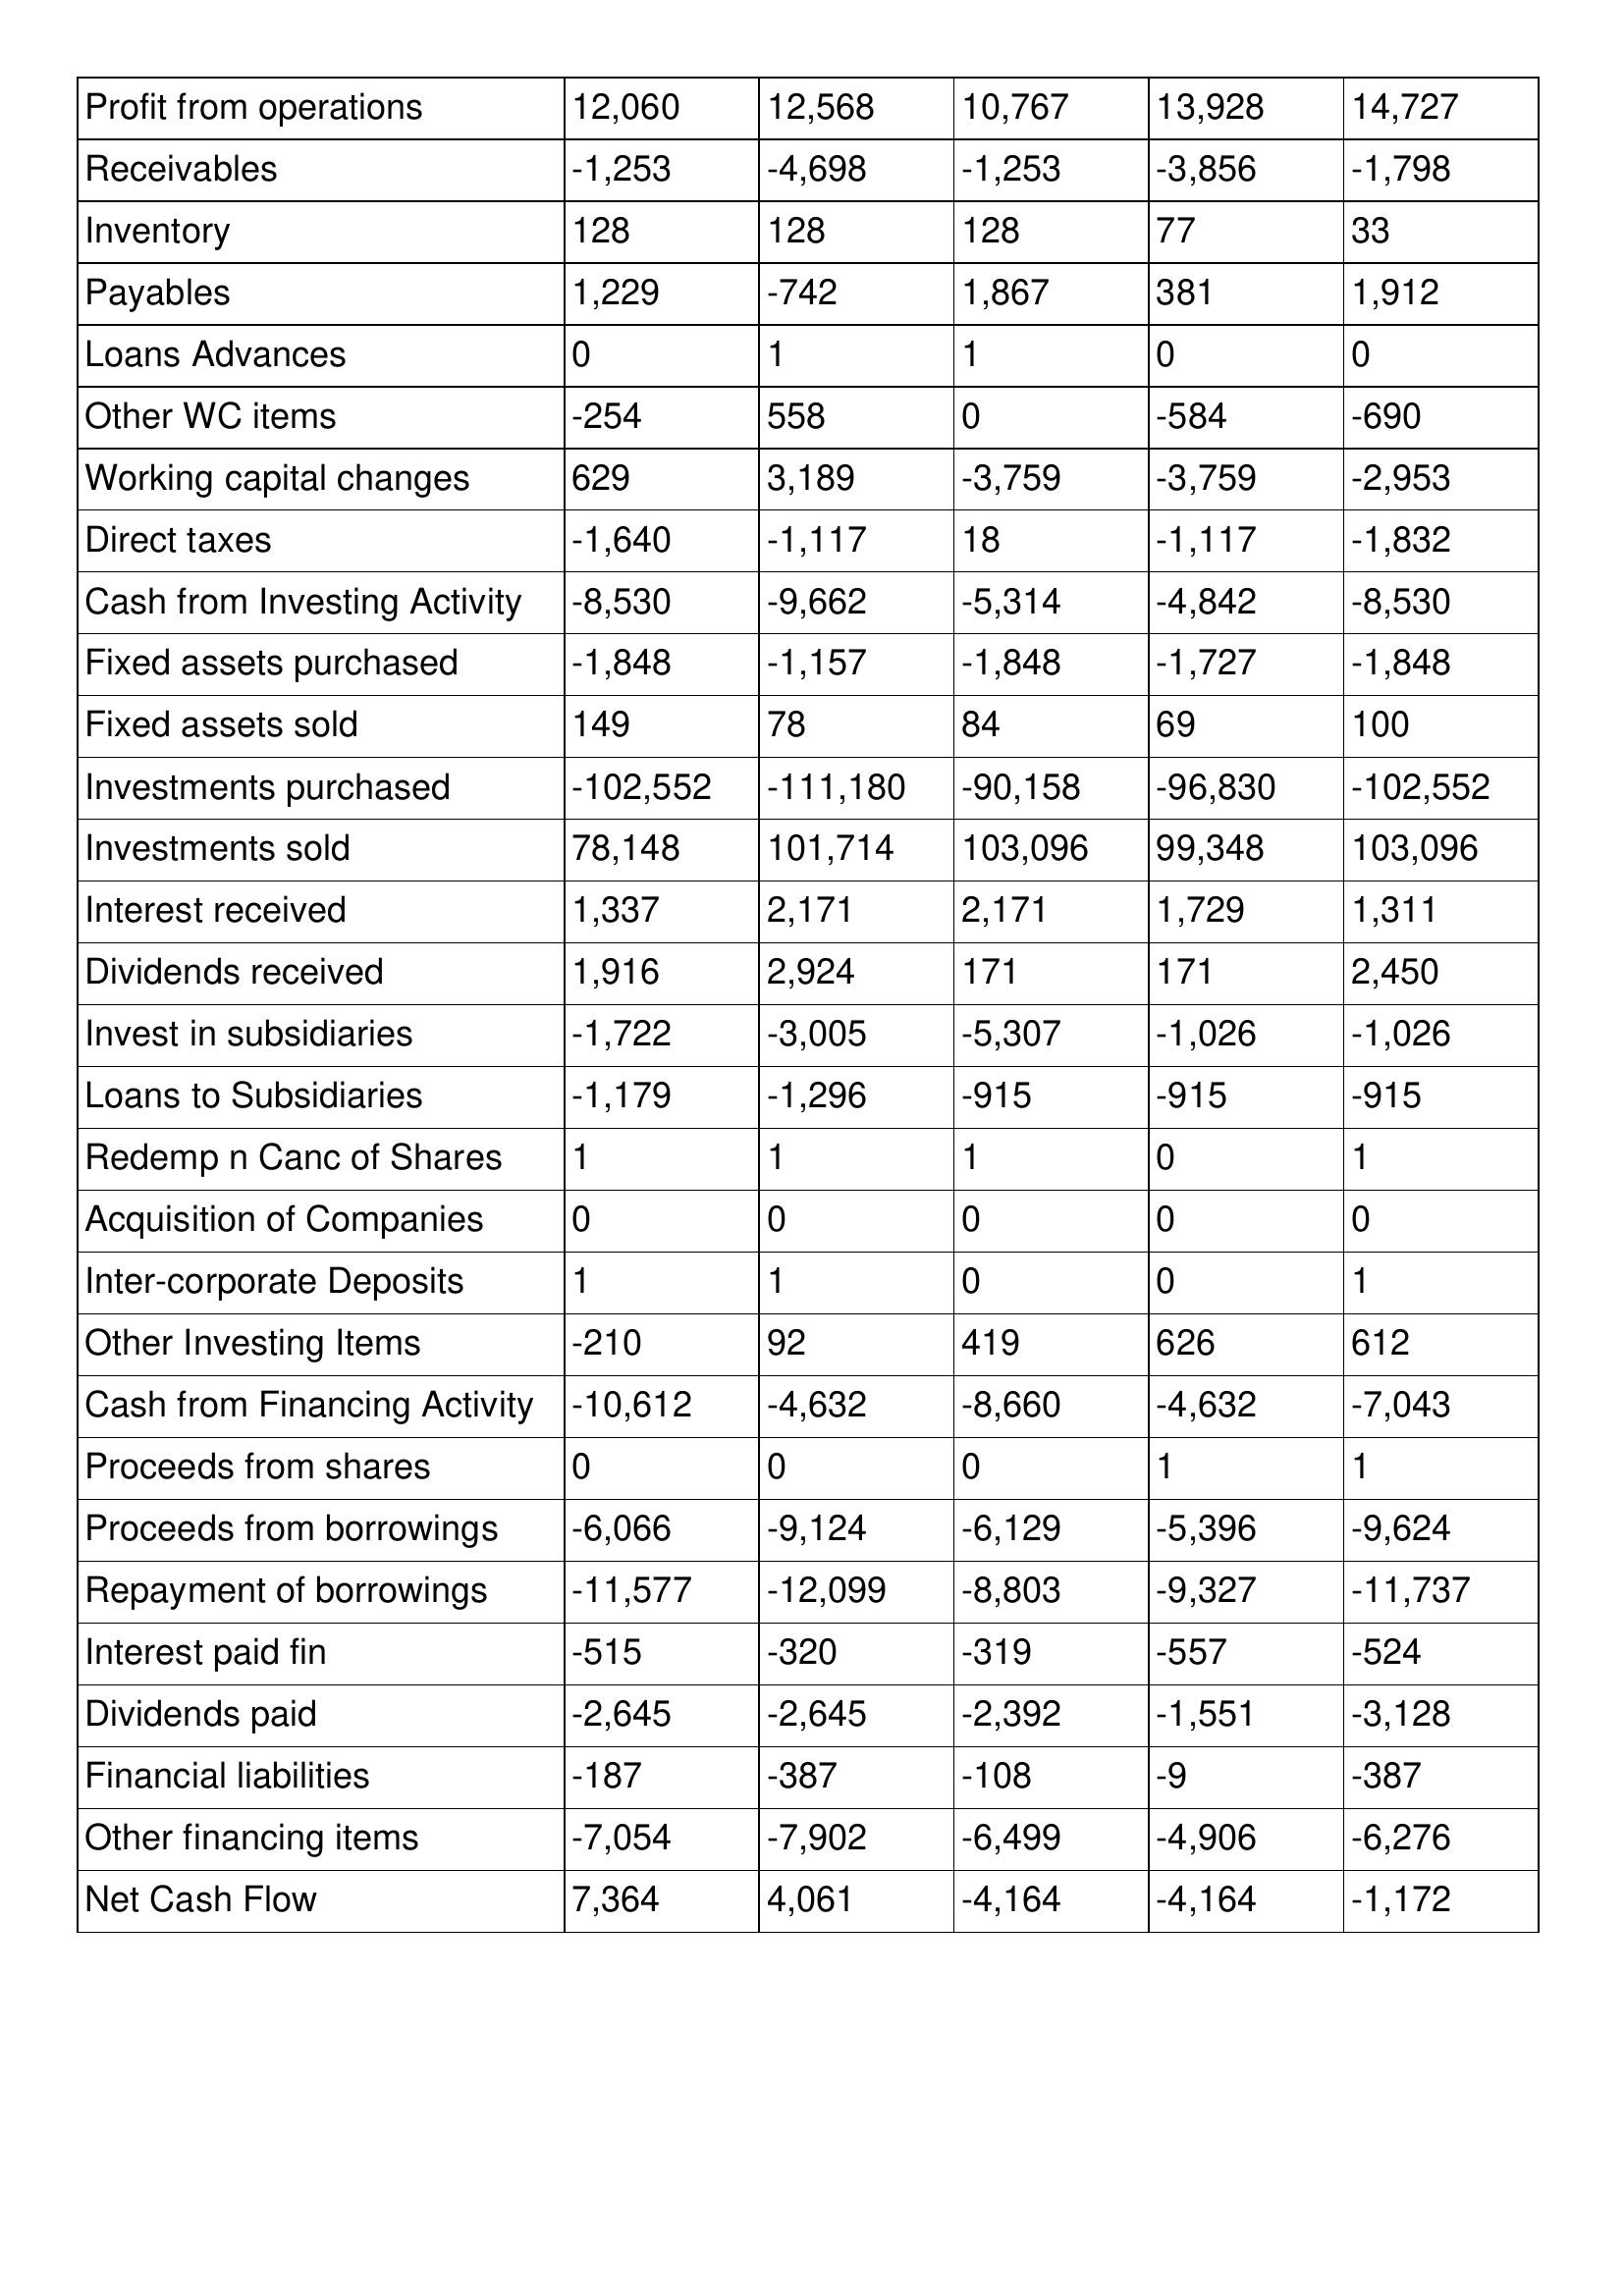
gt_parse: 2018: Cash Flows: Profit from operations: 12,060
Receivables: -1,253
Inventory: 128
Payables: 1,229
Loans Advances: 0
Other WC items: -254
Working capital changes: 629
Direct taxes: -1,640
Cash from Investing Activity: -8,530
Fixed assets purchased: -1,848
Fixed assets sold: 149
Investments purchased: -102,552
Investments sold: 78,148
Interest received: 1,337
Dividends received: 1,916
Invest in subsidiaries: -1,722
Loans to Subsidiaries: -1,179
Redemp n Canc of Shares: 1
Acquisition of Companies: 0
Inter-corporate Deposits: 1
Other Investing Items: -210
Cash from Financing Activity: -10,612
Proceeds from shares: 0
Proceeds from borrowings: -6,066
Repayment of borrowings: -11,577
Interest paid fin: -515
Dividends paid: -2,645
Financial liabilities: -187
Other financing items: -7,054
Net Cash Flow: 7,364
2017: Cash Flows: Profit from operations: 12,568
Receivables: -4,698
Inventory: 128
Payables: -742
Loans Advances: 1
Other WC items: 558
Working capital changes: 3,189
Direct taxes: -1,117
Cash from Investing Activity: -9,662
Fixed assets purchased: -1,157
Fixed assets sold: 78
Investments purchased: -111,180
Investments sold: 101,714
Interest received: 2,171
Dividends received: 2,924
Invest in subsidiaries: -3,005
Loans to Subsidiaries: -1,296
Redemp n Canc of Shares: 1
Acquisition of Companies: 0
Inter-corporate Deposits: 1
Other Investing Items: 92
Cash from Financing Activity: -4,632
Proceeds from shares: 0
Proceeds from borrowings: -9,124
Repayment of borrowings: -12,099
Interest paid fin: -320
Dividends paid: -2,645
Financial liabilities: -387
Other financing items: -7,902
Net Cash Flow: 4,061
2016: Cash Flows: Profit from operations: 10,767
Receivables: -1,253
Inventory: 128
Payables: 1,867
Loans Advances: 1
Other WC items: 0
Working capital changes: -3,759
Direct taxes: 18
Cash from Investing Activity: -5,314
Fixed assets purchased: -1,848
Fixed assets sold: 84
Investments purchased: -90,158
Investments sold: 103,096
Interest received: 2,171
Dividends received: 171
Invest in subsidiaries: -5,307
Loans to Subsidiaries: -915
Redemp n Canc of Shares: 1
Acquisition of Companies: 0
Inter-corporate Deposits: 0
Other Investing Items: 419
Cash from Financing Activity: -8,660
Proceeds from shares: 0
Proceeds from borrowings: -6,129
Repayment of borrowings: -8,803
Interest paid fin: -319
Dividends paid: -2,392
Financial liabilities: -108
Other financing items: -6,499
Net Cash Flow: -4,164
2015: Cash Flows: Profit from operations: 13,928
Receivables: -3,856
Inventory: 77
Payables: 381
Loans Advances: 0
Other WC items: -584
Working capital changes: -3,759
Direct taxes: -1,117
Cash from Investing Activity: -4,842
Fixed assets purchased: -1,727
Fixed assets sold: 69
Investments purchased: -96,830
Investments sold: 99,348
Interest received: 1,729
Dividends received: 171
Invest in subsidiaries: -1,026
Loans to Subsidiaries: -915
Redemp n Canc of Shares: 0
Acquisition of Companies: 0
Inter-corporate Deposits: 0
Other Investing Items: 626
Cash from Financing Activity: -4,632
Proceeds from shares: 1
Proceeds from borrowings: -5,396
Repayment of borrowings: -9,327
Interest paid fin: -557
Dividends paid: -1,551
Financial liabilities: -9
Other financing items: -4,906
Net Cash Flow: -4,164
2014: Cash Flows: Profit from operations: 14,727
Receivables: -1,798
Inventory: 33
Payables: 1,912
Loans Advances: 0
Other WC items: -690
Working capital changes: -2,953
Direct taxes: -1,832
Cash from Investing Activity: -8,530
Fixed assets purchased: -1,848
Fixed assets sold: 100
Investments purchased: -102,552
Investments sold: 103,096
Interest received: 1,311
Dividends received: 2,450
Invest in subsidiaries: -1,026
Loans to Subsidiaries: -915
Redemp n Canc of Shares: 1
Acquisition of Companies: 0
Inter-corporate Deposits: 1
Other Investing Items: 612
Cash from Financing Activity: -7,043
Proceeds from shares: 1
Proceeds from borrowings: -9,624
Repayment of borrowings: -11,737
Interest paid fin: -524
Dividends paid: -3,128
Financial liabilities: -387
Other financing items: -6,276
Net Cash Flow: -1,172